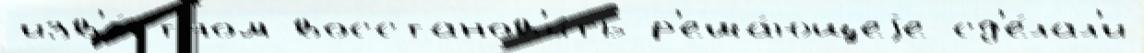
изв'е́стном восстанов'и́ть р'еша́ющеjе сд'е́лал'и